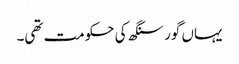
یہاں گور سنگھ کی حکومت تھی۔